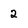
Character: 2